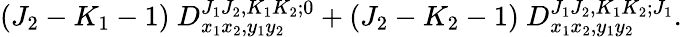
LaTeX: (J_{2}-K_{1}-1)~D_{x_{1}x_{2},y_{1}y_{2}}^{J_{1}J_{2},K_{1}K_{2};0}+(J_{2}-K_{2}-1)~D_{x_{1}x_{2},y_{1}y_{2}}^{J_{1}J_{2},K_{1}K_{2};J_{1}}.